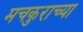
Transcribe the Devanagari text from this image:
मचकुराच्या